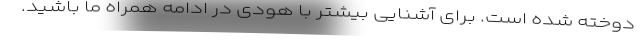
دوخته شده است. برای آشنایی بیشتر با هودی در ادامه همراه ما باشید.